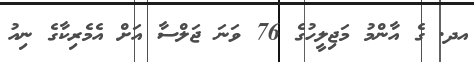
އދ. ގެ އާންމު މަޖިލީހުގެ 76 ވަނަ ޖަލްސާ އަށް އެމެރިކާގެ ނިއު